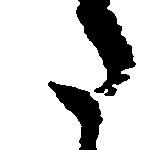
た